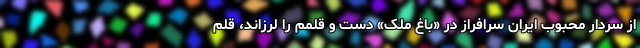
از سردار محبوب ایران سرافراز در «باغ ملک» دست و قلمم را لرزاند، قلم